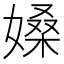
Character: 𡠏